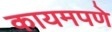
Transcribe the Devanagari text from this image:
कायमपणे